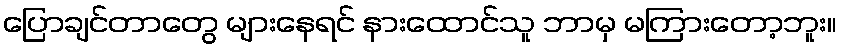
ပြောချင်တာတွေ များနေရင် နားထောင်သူ ဘာမှ မကြားတော့ဘူး။